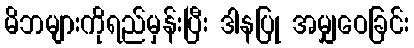
မိဘများကိုရည်မှန်းပြီး ဒါနပြု အမျှဝေခြင်း